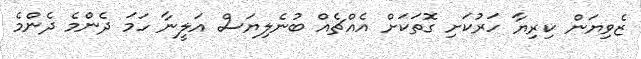
ޒެވިޔަން ކިރިޔާ ހަރުކަށި ގޮތަކަށް އެއްޗެއް ބުނެލިޔަސް އަލީނާ ހަމަ ދެންމެ ދެންމެ